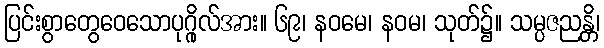
ပြင်းစွာတွေဝေသောပုဂ္ဂိုလ်အား။ ၆၉၊ နဝမေ၊ နဝမ၊ သုတ်၌။ သမ္ပဇညန္တိ၊